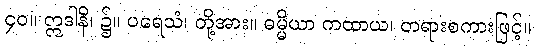
၄၀။ ဣဒါနိ၊ ၌။ ပရေသံ၊ တို့အား။ ဓမ္မိယာ ကထာယ၊ တရားစကားဖြင့်။